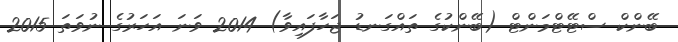
ބޭންކް ސްޓޭޓްމަންޓް (ބޭންކުގެ ތައްގަނޑު ޖަހާފައިވާ) 2014 ވަނަ އަހަރުގެ ނުވަތަ 2015